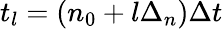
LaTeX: t_{l}=(n_{0}+l\Delta_{n})\Delta t